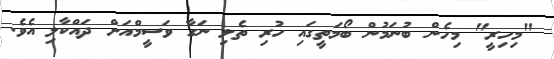
"މިހިރީ" މިހެން ބުނަމުން ބޯމަތީގައި ހުރި ތެލި ނަގާ ވަސީމްއަށް ދައްކާލި އެވެ.